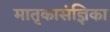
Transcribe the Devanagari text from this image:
मातृकासंज्ञिका